King Institute of Preventive Medicine Micro-Biological Section reports 1909-11
Year: 1909
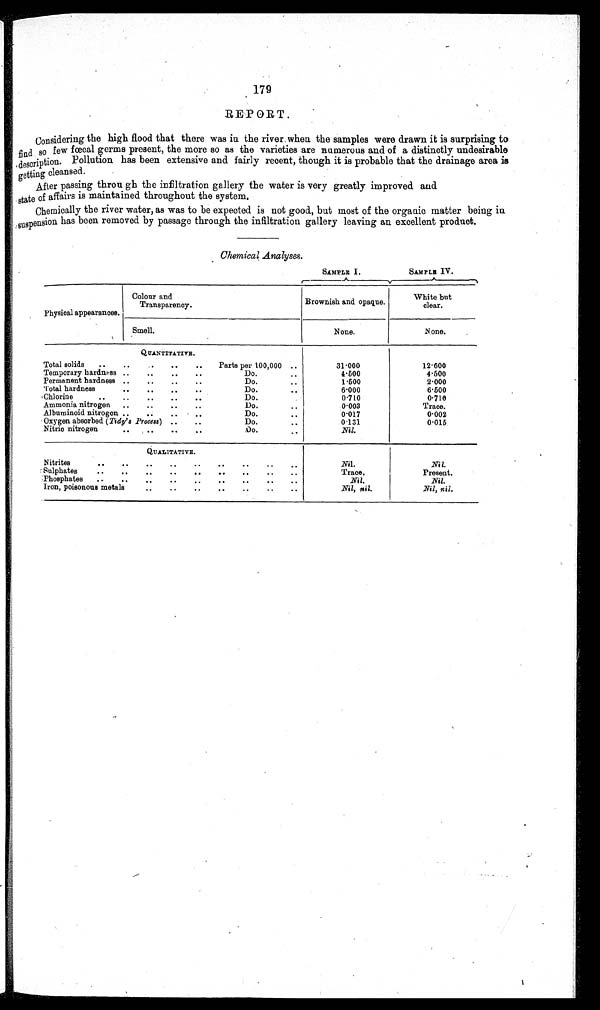
179
REPORT.
Considering the high flood that there was in the river when the samples were drawn it is surprising to
find so few fœcal germs present, the more so as the varieties are numerous and of a distinctly undesirable
description. Pollution has been extensive and fairly recent, though it is probable that the drainage area is
getting cleansed.
After passing through the infiltration gallery the water is very greatly improved and
state of affairs is maintained throughout the system.
Chemically the river water, as was to be expected is not good, but most of the organic matter being in
suspension has been removed by passage through the infiltration gallery leaving an excellent product.
Chemical Analyses.
SAMPLE I.
SAMPLE IV.
Physical appearances.
Colour and
Transparency.
Brownish and opaque.
White but
clear.
Smell.
None .
N one.
QUANTITATIVE.
Total solids
..
..
..
..
Parts per 100,000 ..
31.000
12.600
Temporary hardness ..
..
..
..
Do.
..
4.500
4.500
Permanent hardness ..
..
..
..
Do.
..
1.500
2.000
Total hardness
..
..
..
Do.
. .
6.000
6.500
Chlorine
..
..
..
..
..
Do.
0.710
0.710
Ammonia nitrogen
..
..
..
..
Do.
...
0.003
Trace.
Albuminoid nitrogen ..
..
..
. ..
Do.
..
0.017
0.002
Oxygen absorbed (Tidy's Process) ..
..
Do.
..
0.131
0.015
Nitric nitrogen
..
..
..
..
Do.
. .
Nil.
QUALITATIVE.
Nitrites
..
..
..
..
..
..
..
Nil .
Nil.
Sulphates
..
..
..
..
..
..
..
.,..
Trace.
Present.
Phosphates
..
..
..
..
..
..
..
..
Nil.
Nil.
Iron, poisonous metals
.
.
..
..
..
. .
.
Nil, nil.
Nil, nil .